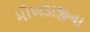
મોખડાજીના